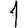
Digit: 1